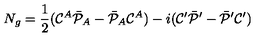
N _ { g } = { \frac { 1 } { 2 } } ( { \cal C } ^ { A } \bar { \cal P } _ { A } - \bar { \cal P } _ { A } { \cal C } ^ { A } ) - i ( { \cal C } ^ { \prime } \bar { \cal P } ^ { \prime } - \bar { \cal P } ^ { \prime } { \cal C } ^ { \prime } )